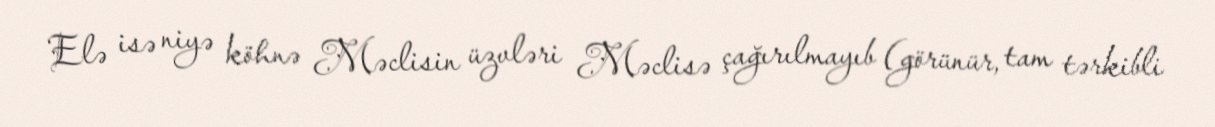
Elə isə niyə köhnə Məclisin üzvləri Məclisə çağırılmayıb (görünür, tam tərkibli